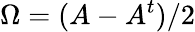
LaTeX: \Omega=(A-A^{t})/2